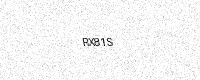
Text: RX81S